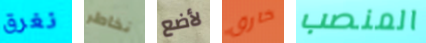
نغرق نخاطر لأضع خارق المنصب